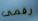
رقمى